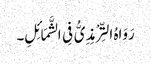
رَوَاہُ التِّرْمِذِیُّ فِی الشَّمَائِلِ۔